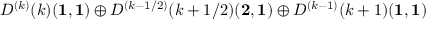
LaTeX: D ^ { ( k ) } ( k ) ( { \bf 1 } , { \bf 1 } ) \oplus D ^ { ( k - 1 / 2 ) } ( k + 1 / 2 ) ( { \bf 2 } , { \bf 1 } ) \oplus D ^ { ( k - 1 ) } ( k + 1 ) ( { \bf 1 } , { \bf 1 } )